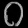
Digit: ၀